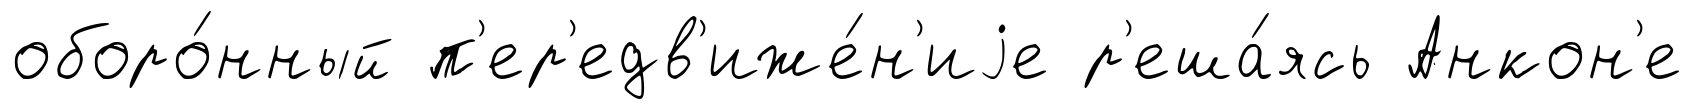
оборо́нный п'ер'едв'иже́н'иjе р'еша́ясь Анкон'е